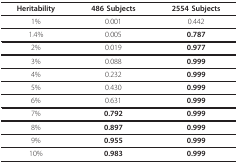
| Heritability | 486 Subjects | 2554 Subjects |
 | --- | --- | --- |
 | 1% | 0.001 | 0.442 |
 | 1.4% | 0.005 | 0.787 |
 | 2% | 0.019 | 0.977 |
 | 3% | 0.088 | 0.999 |
 | 4% | 0.232 | 0.999 |
 | 5% | 0.430 | 0.999 |
 | 6% | 0.631 | 0.999 |
 | 7% | 0.792 | 0.999 |
 | 8% | 0.897 | 0.999 |
 | 9% | 0.955 | 0.999 |
 | 10% | 0.983 | 0.999 |